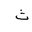
Letter: _tha